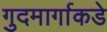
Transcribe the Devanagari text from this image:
गुदमार्गाकडे